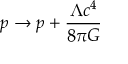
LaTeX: p \rightarrow p + { \frac { \Lambda c ^ { 4 } } { 8 \pi G } }